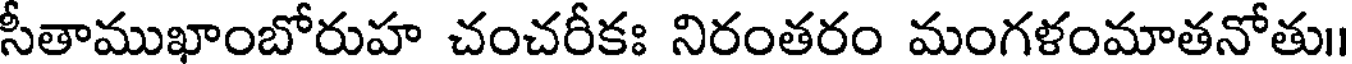
సీతాముఖాంబోరుహ చంచరీకః నిరంతరం మంగళంమాతనోతు